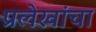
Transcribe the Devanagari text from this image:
प्रलेखांचा